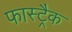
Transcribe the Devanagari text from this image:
फास्ट्रैक